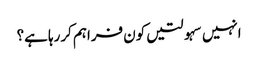
انہیں سہولتیں کون فراہم کررہا ہے؟